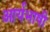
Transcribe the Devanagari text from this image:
आर्यभाषी